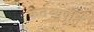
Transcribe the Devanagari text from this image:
कर्तव्यपूर्ति